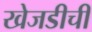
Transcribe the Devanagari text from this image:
खेजडीची